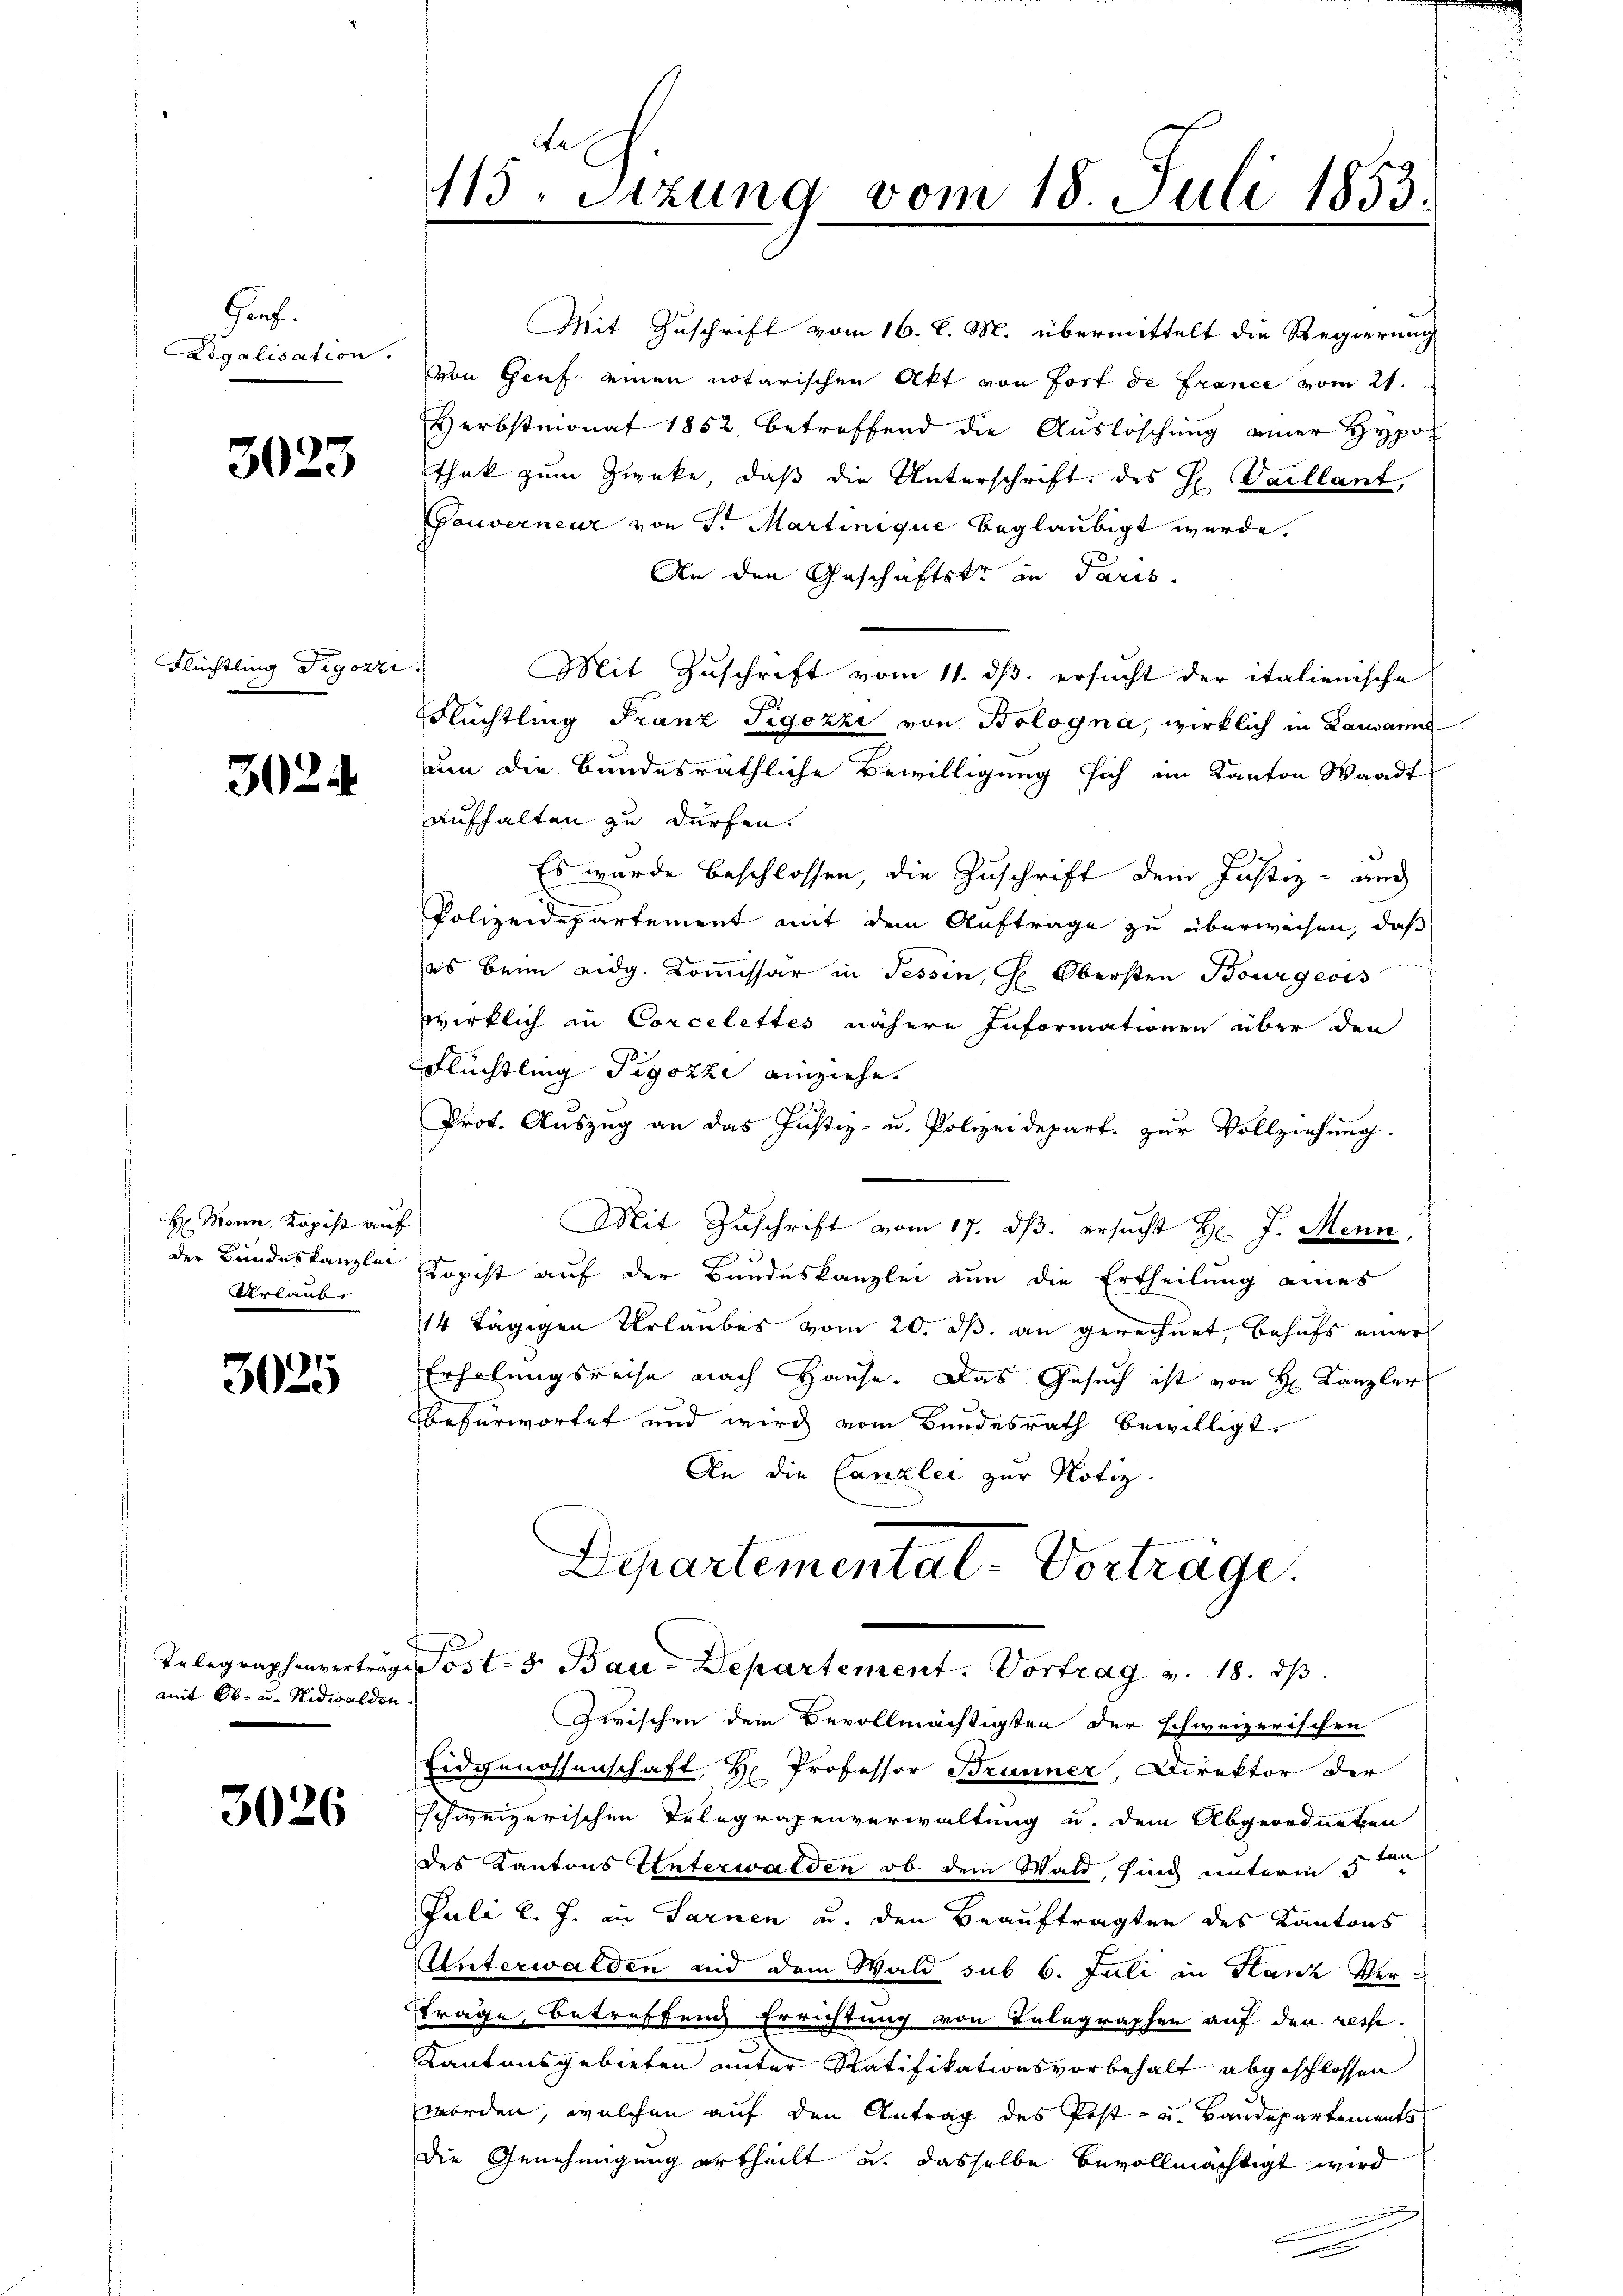
Graf.
Legalisation.

3023

Flüchtling Tigozzi.

3024

H: Mann, Kopist auf
) der Bundeskanzlei
Urlaube

3025

mit Ob u. Nidwalden

3026

115. Sizung vom 18. Juli 1853.

Mit Zuschrift vom 16. d. M. übermittelt die Regierung
von Genf einen notarischen Akt von fort de France vom 21.
Herbstmonat 1852, betreffend die Auslöschung einer Hypothek zum Zwecke, daß die Unterschrift des H. Pallant,
Gouverneur von Sr. Martinique beglaubigt werde.
An den Geschäftstr an Paris.
Mit Zuschrift vom 11. ds. ersucht der italienische
FFlüchtling Franz Tigozzi von Bologna, wirklich in Lausann
um die Bundesräthliche Bewilligung sich im Kanton Waadt
aufhalten zu dürfen.
Es wurde beschlossen, die Zuschrift dem Justiz - auch
Polizeidepartement mit dem Auftrage zu überweisen, daß
f
es beim eidg. Kommissar in Tessin, z. Obersten Bourgeois
wirklich in Corcelettes nähere Informationen über den
Flüchtling Tigozzi einziehe.
Prot. Auszug an das Justiz- u. Polizeidepart. zur Vollziehung.
Mit Zuschrift vom 17. ds. ersucht Hr. J. Menn
Kopest auf der Bundeskanzlei um die Ertheilung eines
14 tägigen Urlaubes vom 20. ds. an gerechnet, behufs einer
Erholungsreise nach Hause. Das Gesuch ist von Hr. Kanzler
befürwortet und wird vom Bundesrath bewilligt.
An die Canzlei zur Notiz.
Departementat-Vortrage.
Telegraphenverträge Post- 5. Bau-Departement. Vortrag v. 18. ds.
Zwischen dem Bevollmächtigten der schweizerischen
Eidgenossenschaft, H. Professor Brunner, Direktor der
schweizerischen Telegrapenverwaltung u. dem Abgeordneten
des Kantons Unterwalden ob dem Wald, sind unterm 5ten
Juli l. J. in Sarnen u. den Beauftragten des Kantons
Unterwalden und dem Wald sub 6. Juli in Hanz Verftrage, Betreffend Errichtung von Telegraphen auf den resse¬
Kantonsgebieten unter Ratifikationsvorbehalt abgeschlossen
worden, welchen auf den Antrag des Post- u. Bandepartements
die Genehmigung ertheilt u. dasselbe bevollmächtigt wird
.